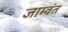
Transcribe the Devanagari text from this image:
जाम्वंत